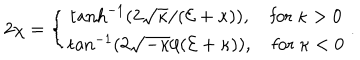
2 \chi = \left\{ \begin{array} { c } { { \tanh ^ { - 1 } ( 2 \sqrt { \kappa } / ( { \cal E } + \kappa ) ) , \quad \mathrm { f o r ~ } \kappa > 0 } } \\ { { \tan ^ { - 1 } ( 2 \sqrt { - \kappa } / ( { \cal E } + \kappa ) ) , \quad \mathrm { f o r ~ } \kappa < 0 } } \\ \end{array} \right. .